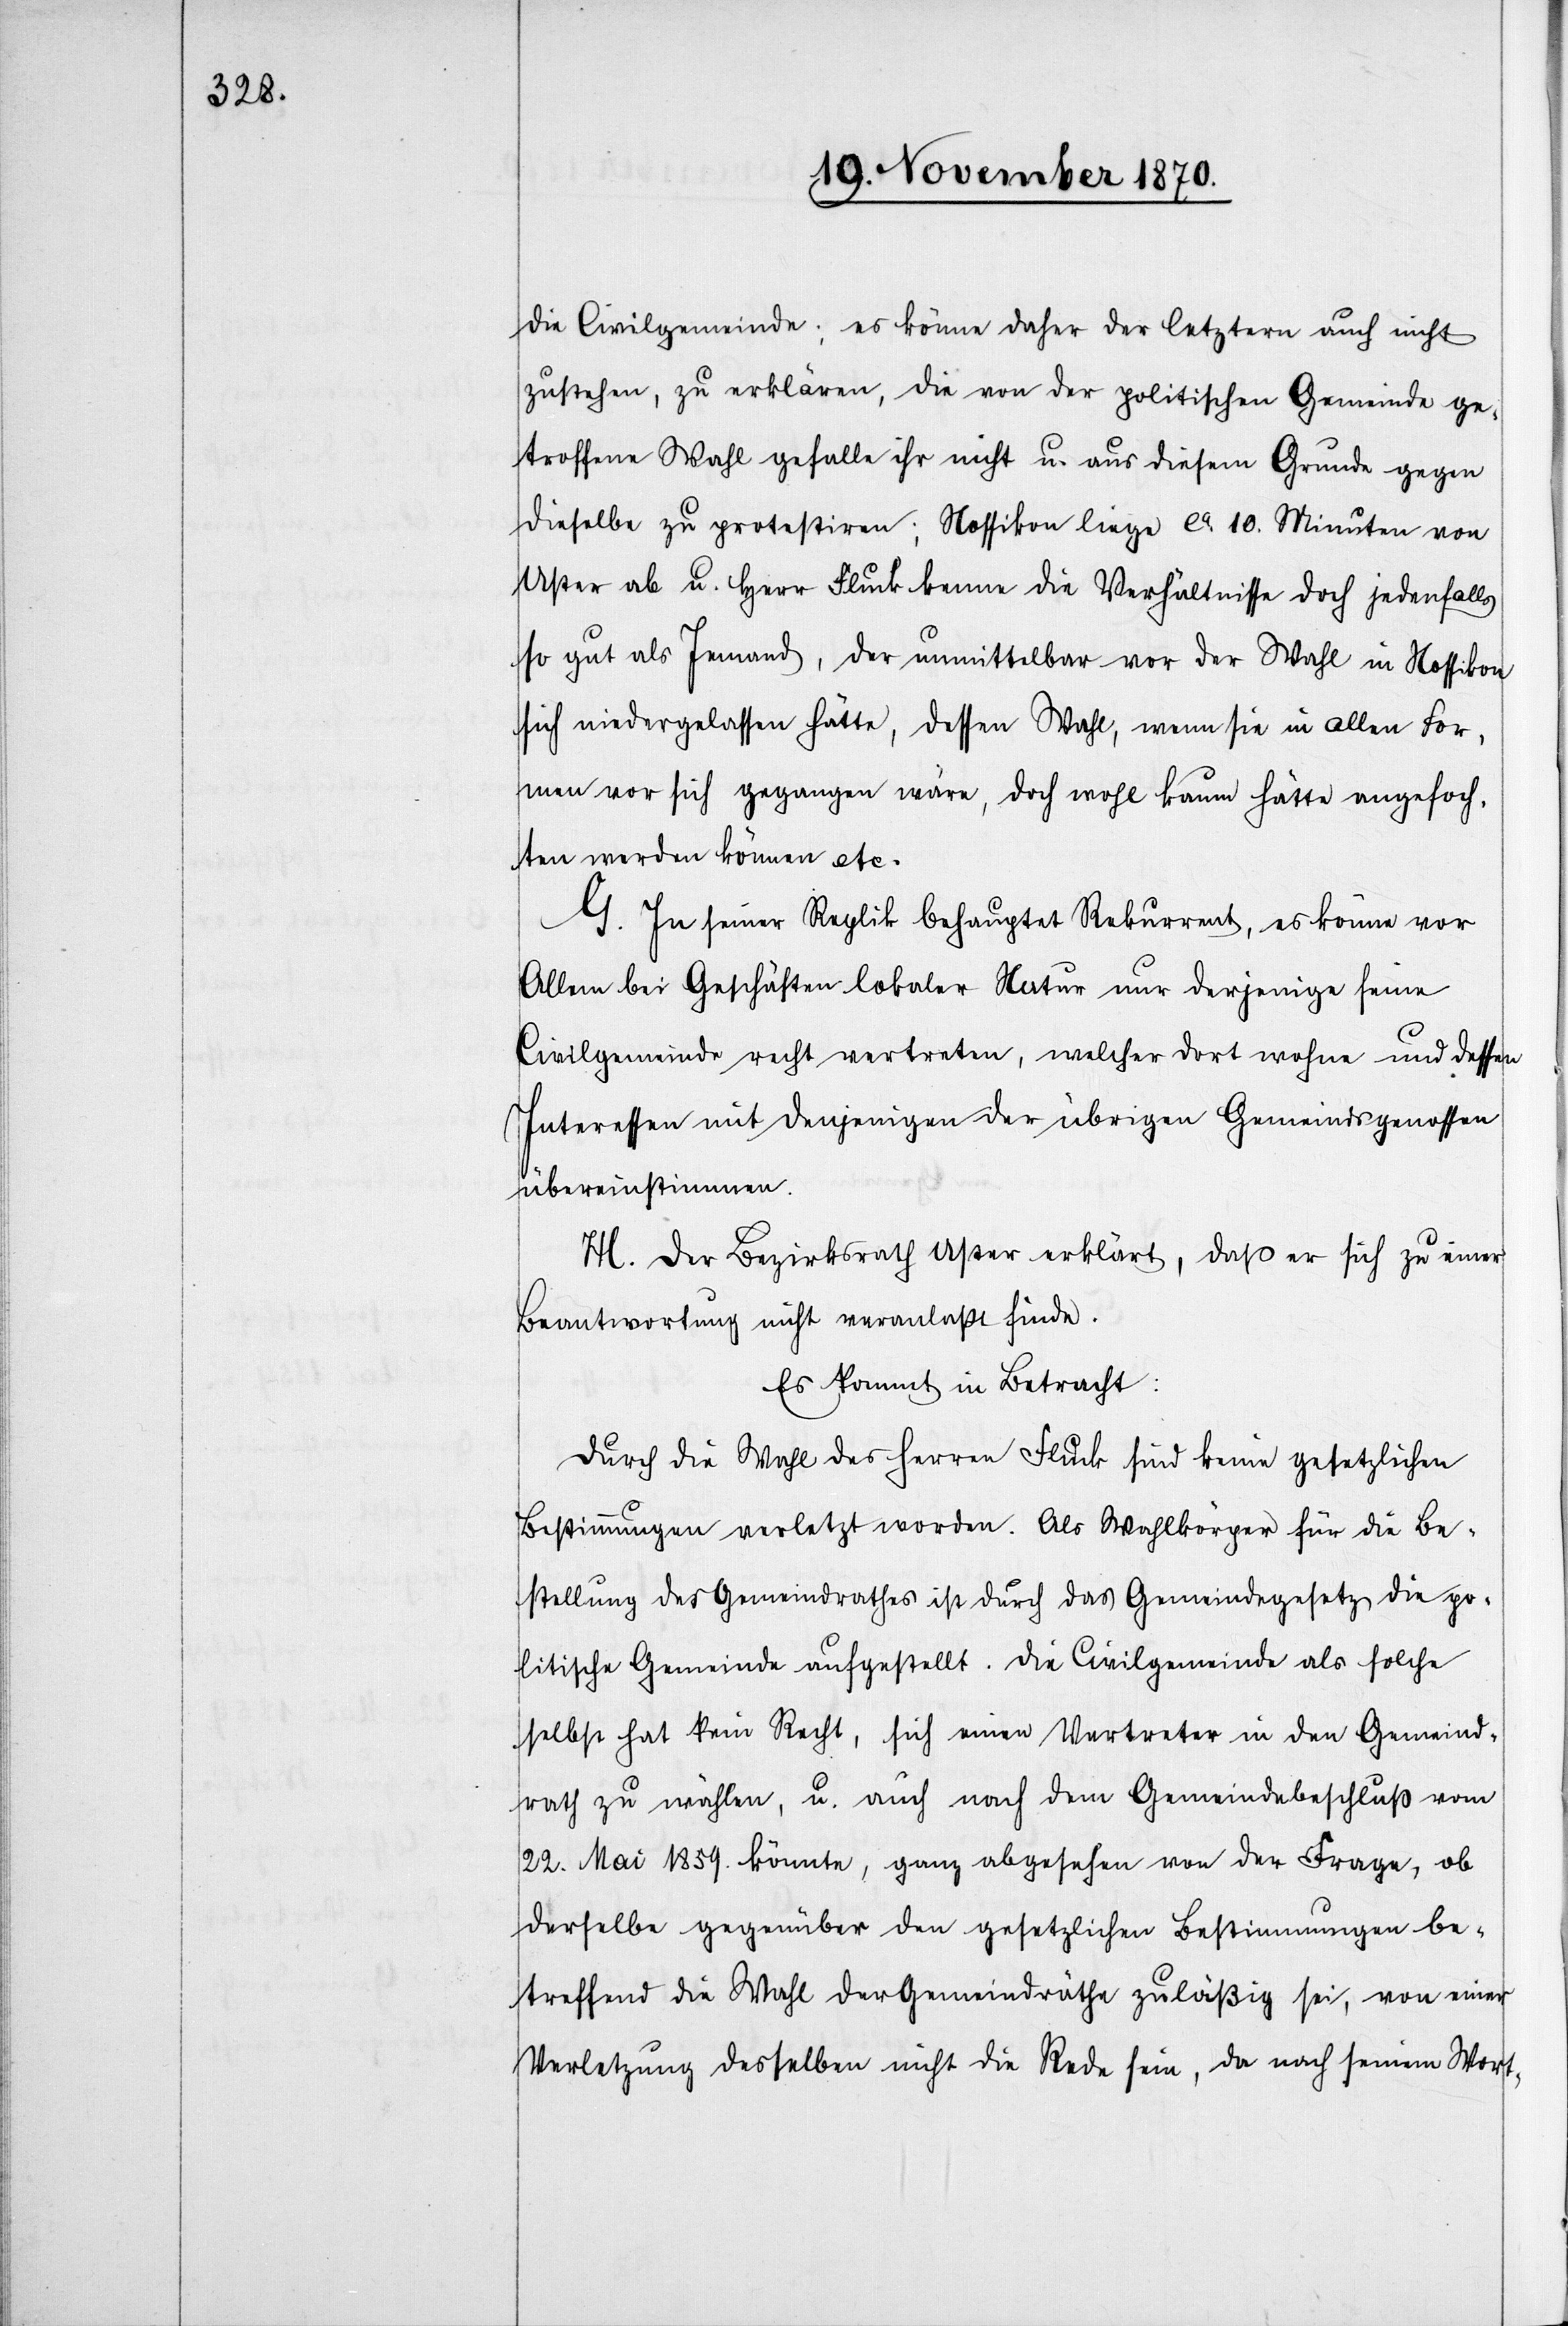
die Civilgemeinde; es könne daher der letztern auch nicht
zustehen, zu erklären, die von der politischen Gemeinde ge¬
troffene Wahl gefalle ihr nicht u. aus diesem Grunde gegen
dieselbe zu protestiren; Nossikon liege ca. 10 Minuten von
Uster ab u. Herr Fluck kenne die Verhältnisse doch jedenfalls
so gut als Jemand, der unmittelbar vor der Wahl in Nossikon
sich niedergelassen hätte dessen Wahl, wenn sie in allen For¬
men vor sich gegangen wäre, doch wohl kaum hätte angefoch¬
ten werden können etc.
G. In seiner Replik behauptet Rekurrent, es könne vor
allem bei Geschäften lokaler Natur nur derjenige seine
Civilgemeinde recht vertreten, welcher dort wohne und dessen
Interessen mit denjenigen der übrigen Gemeindsgenossen
übereinstimmen.
H. Der Bezirksrath Uster erklärt, daß er sich zu einer
Beantwortung nicht veranlaßt finde.
Es kommt in Betracht:
Durch die Wahl des Herren Fluck sind keine gesetzlichen
Bestimmungen verletzt worden. Als Wahlkörper für die Be¬
stellung des Gemeindrathes ist durch das Gemeindegesetz die po¬
litische Gemeinde aufgestellt. Die Civilgemeinde als solche
selbst hat kein Recht, sich einen Vertreter in den Gemeind¬
rath zu wählen, u. auch nach dem Gemeindebeschluß vom
22. Mai 1859. könnte, ganz abgesehen von der Frage, ob
derselbe gegenüber den gesetzlichen Bestimmungen be¬
treffend die Wahl der Gemeindräthe zulässig sei, von einer
Verletzung desselben nicht die Rede sein, da nach seinem Wort-